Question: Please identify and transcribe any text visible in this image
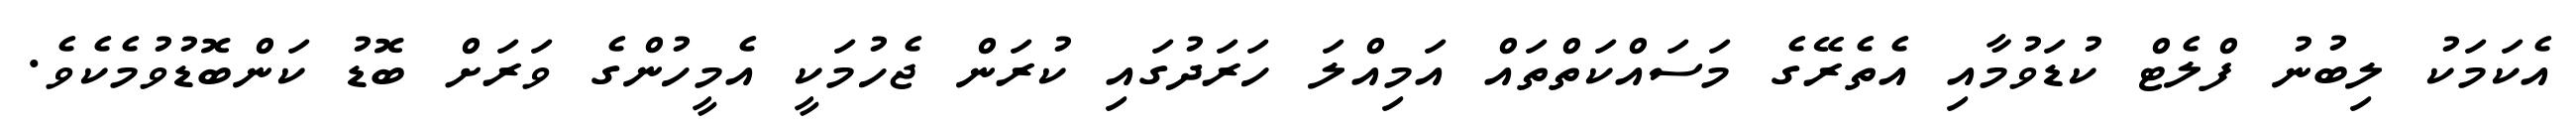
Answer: އެކަމަކު ލިބުނު ފްލެޓް ކުޑަވުމާއި އެތެރޭގެ މަސައްކަތްތައް އަމިއްލަ ހަރަދުގައި ކުރަން ޖެހުމަކީ އެމީހުންގެ ވަރަށް ބޮޑު ކަންބޮޑުވުމެކެވެ.